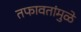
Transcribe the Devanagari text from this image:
तफावतांमुळे